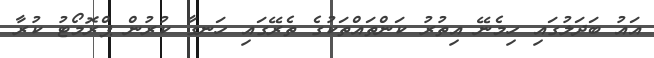
އައު ބަދަލުގައި ހިމެނޭ އިތުރު ކަންތައްތަކުގެ ތެރޭގައި ހަނގާ ކުރުން ޕްރޮމޯޓު ކުރާ